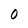
Character: 0